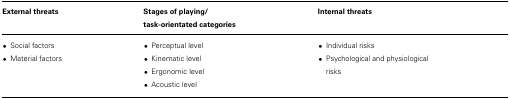
<table><thead><tr><td><b>External threats</b></td><td><b>Stages of playing/ task-orientated categories</b></td><td><b>Internal threats</b></td></tr></thead><tbody><tr><td>•Social factors</td><td>•Perceptual level</td><td>•Individual risks</td></tr><tr><td>•Material factors</td><td>•Kinematic level</td><td>•Psychological and physiological risks</td></tr><tr><td></td><td>•Ergonomic level</td><td></td></tr><tr><td></td><td>•Acoustic level</td><td></td></tr></tbody></table>